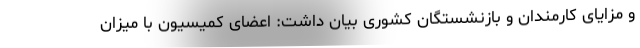
و مزایای کارمندان و بازنشستگان کشوری بیان داشت: اعضای کمیسیون با میزان